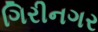
ગિરીનગર